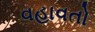
વહાવતો